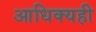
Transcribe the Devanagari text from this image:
आधिक्यही